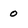
Character: 0